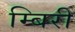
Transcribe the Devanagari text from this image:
म्बिरी